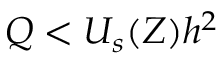
Q < U _ { s } ( Z ) h ^ { 2 }